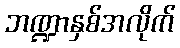
ဘဏ္ဍာနှစ်အလိုက်